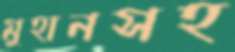
মুহানসহ